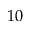
1 0